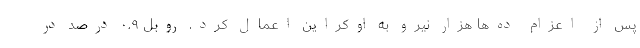
پس از اعزام ده‌ها هزار نیرو به اوکراین اعمال کرد. روبل ۰.۹ درصد در